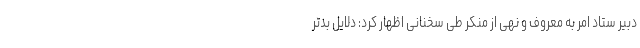
دبیر ستاد امر به معروف و نهی از منکر طی سخنانی اظهار کرد: دلایل بدتر